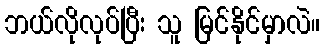
ဘယ်လိုလုပ်ပြီး သူ မြင်နိုင်မှာလဲ။